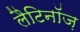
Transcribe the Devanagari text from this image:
लैटिनॉज़